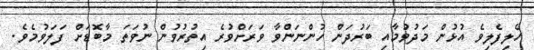
ހެލިފެލިވެ އުޅުން މަދުވުމާއި ބަރުދަން ހުންނަންވާ ވަރަށްވުރެ އިތުރުވުން ނުވަތަ މާބޮޑަށް ފަލަވުމެވެ.